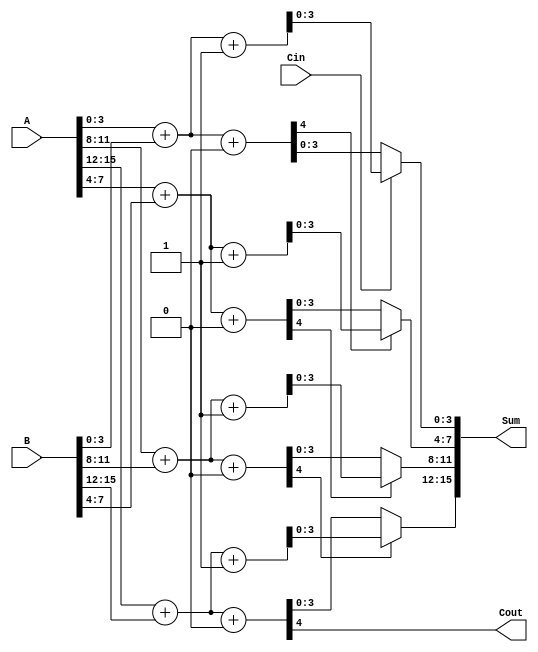
module RCCSA #(parameter N = 16) (
    input [N-1:0] A,      // First input
    input [N-1:0] B,      // Second input
    input Cin,            // Carry-in for the least significant segment
    output [N-1:0] Sum,   // Sum output
    output Cout           // Carry-out
);

    localparam SEGMENT_SIZE = 4;
    localparam NUM_SEGMENTS = N / SEGMENT_SIZE;

    wire [SEGMENT_SIZE-1:0] sum0 [0:NUM_SEGMENTS-1];
    wire [SEGMENT_SIZE-1:0] sum1 [0:NUM_SEGMENTS-1];
    wire [NUM_SEGMENTS-1:0] carry_out;
    wire [NUM_SEGMENTS-1:0] carry_in;

    // Generate carry_in for each segment
    assign carry_in[0] = Cin;

    // Full Adder for each segment
    genvar i, j;
    generate
        for (i = 0; i < NUM_SEGMENTS; i = i + 1) begin : segment
            wire [SEGMENT_SIZE-1:0] A_seg = A[i*SEGMENT_SIZE +: SEGMENT_SIZE];
            wire [SEGMENT_SIZE-1:0] B_seg = B[i*SEGMENT_SIZE +: SEGMENT_SIZE];

            // Compute sums assuming carry_in = 0 and carry_in = 1
            wire [SEGMENT_SIZE-1:0] sum0_temp;
            wire [SEGMENT_SIZE-1:0] sum1_temp;

            // Full Adder for carry_in = 0
            assign {carry_out[i], sum0_temp} = A_seg + B_seg + 1'b0;

            // Full Adder for carry_in = 1
            assign {carry_out[i], sum1_temp} = A_seg + B_seg + 1'b1;

            // Store the sums
            assign sum0[i] = sum0_temp;
            assign sum1[i] = sum1_temp;

            // MUX to select the correct sum based on carry_out from previous segment
            if (i > 0) begin
                assign Sum[i*SEGMENT_SIZE +: SEGMENT_SIZE] = carry_out[i-1] ? sum1[i] : sum0[i];
                assign carry_in[i] = carry_out[i-1];
            end else begin
                assign Sum[i*SEGMENT_SIZE +: SEGMENT_SIZE] = carry_in[0] ? sum1[i] : sum0[i];
            end
        end
    endgenerate

    // Final carry-out
    assign Cout = carry_out[NUM_SEGMENTS-1];

endmodule